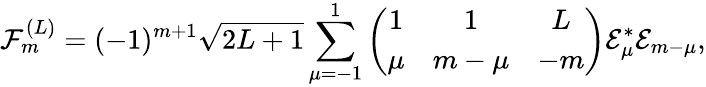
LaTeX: {\mathcal{F}}_{m}^{(L)}=(-1)^{m+1}\sqrt{2L+1}\sum_{\mu=-1}^{1}\left(\begin{array}{ccc}{1}&{1}&{L}\\ {\mu}&{m-\mu}&{-m}\end{array}\right)\mathcal{E}_{\mu}^{\ast}\mathcal{E}_{m-\mu},